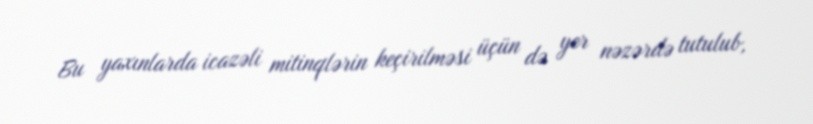
Bu yaxınlarda icazəli mitinqlərin keçirilməsi üçün də yer nəzərdə tutulub,